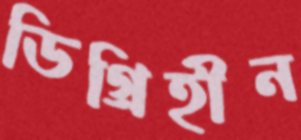
ডিগ্রিহীন